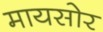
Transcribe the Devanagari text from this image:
मायसोर